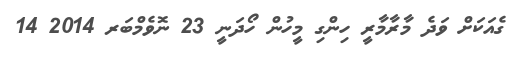
ގެއަކަށް ވަދެ މާރާމާރީ ހިންގި މީހުން ހޯދަނީ 23 ނޮވެމްބަރ 2014 14